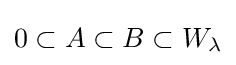
0\subset A\subset B\subset W_{\lambda }